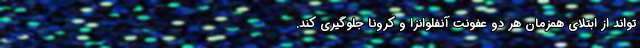
تواند از ابتلای همزمان هر دو عفونت آنفلوانزا و کرونا جلوگیری کند.